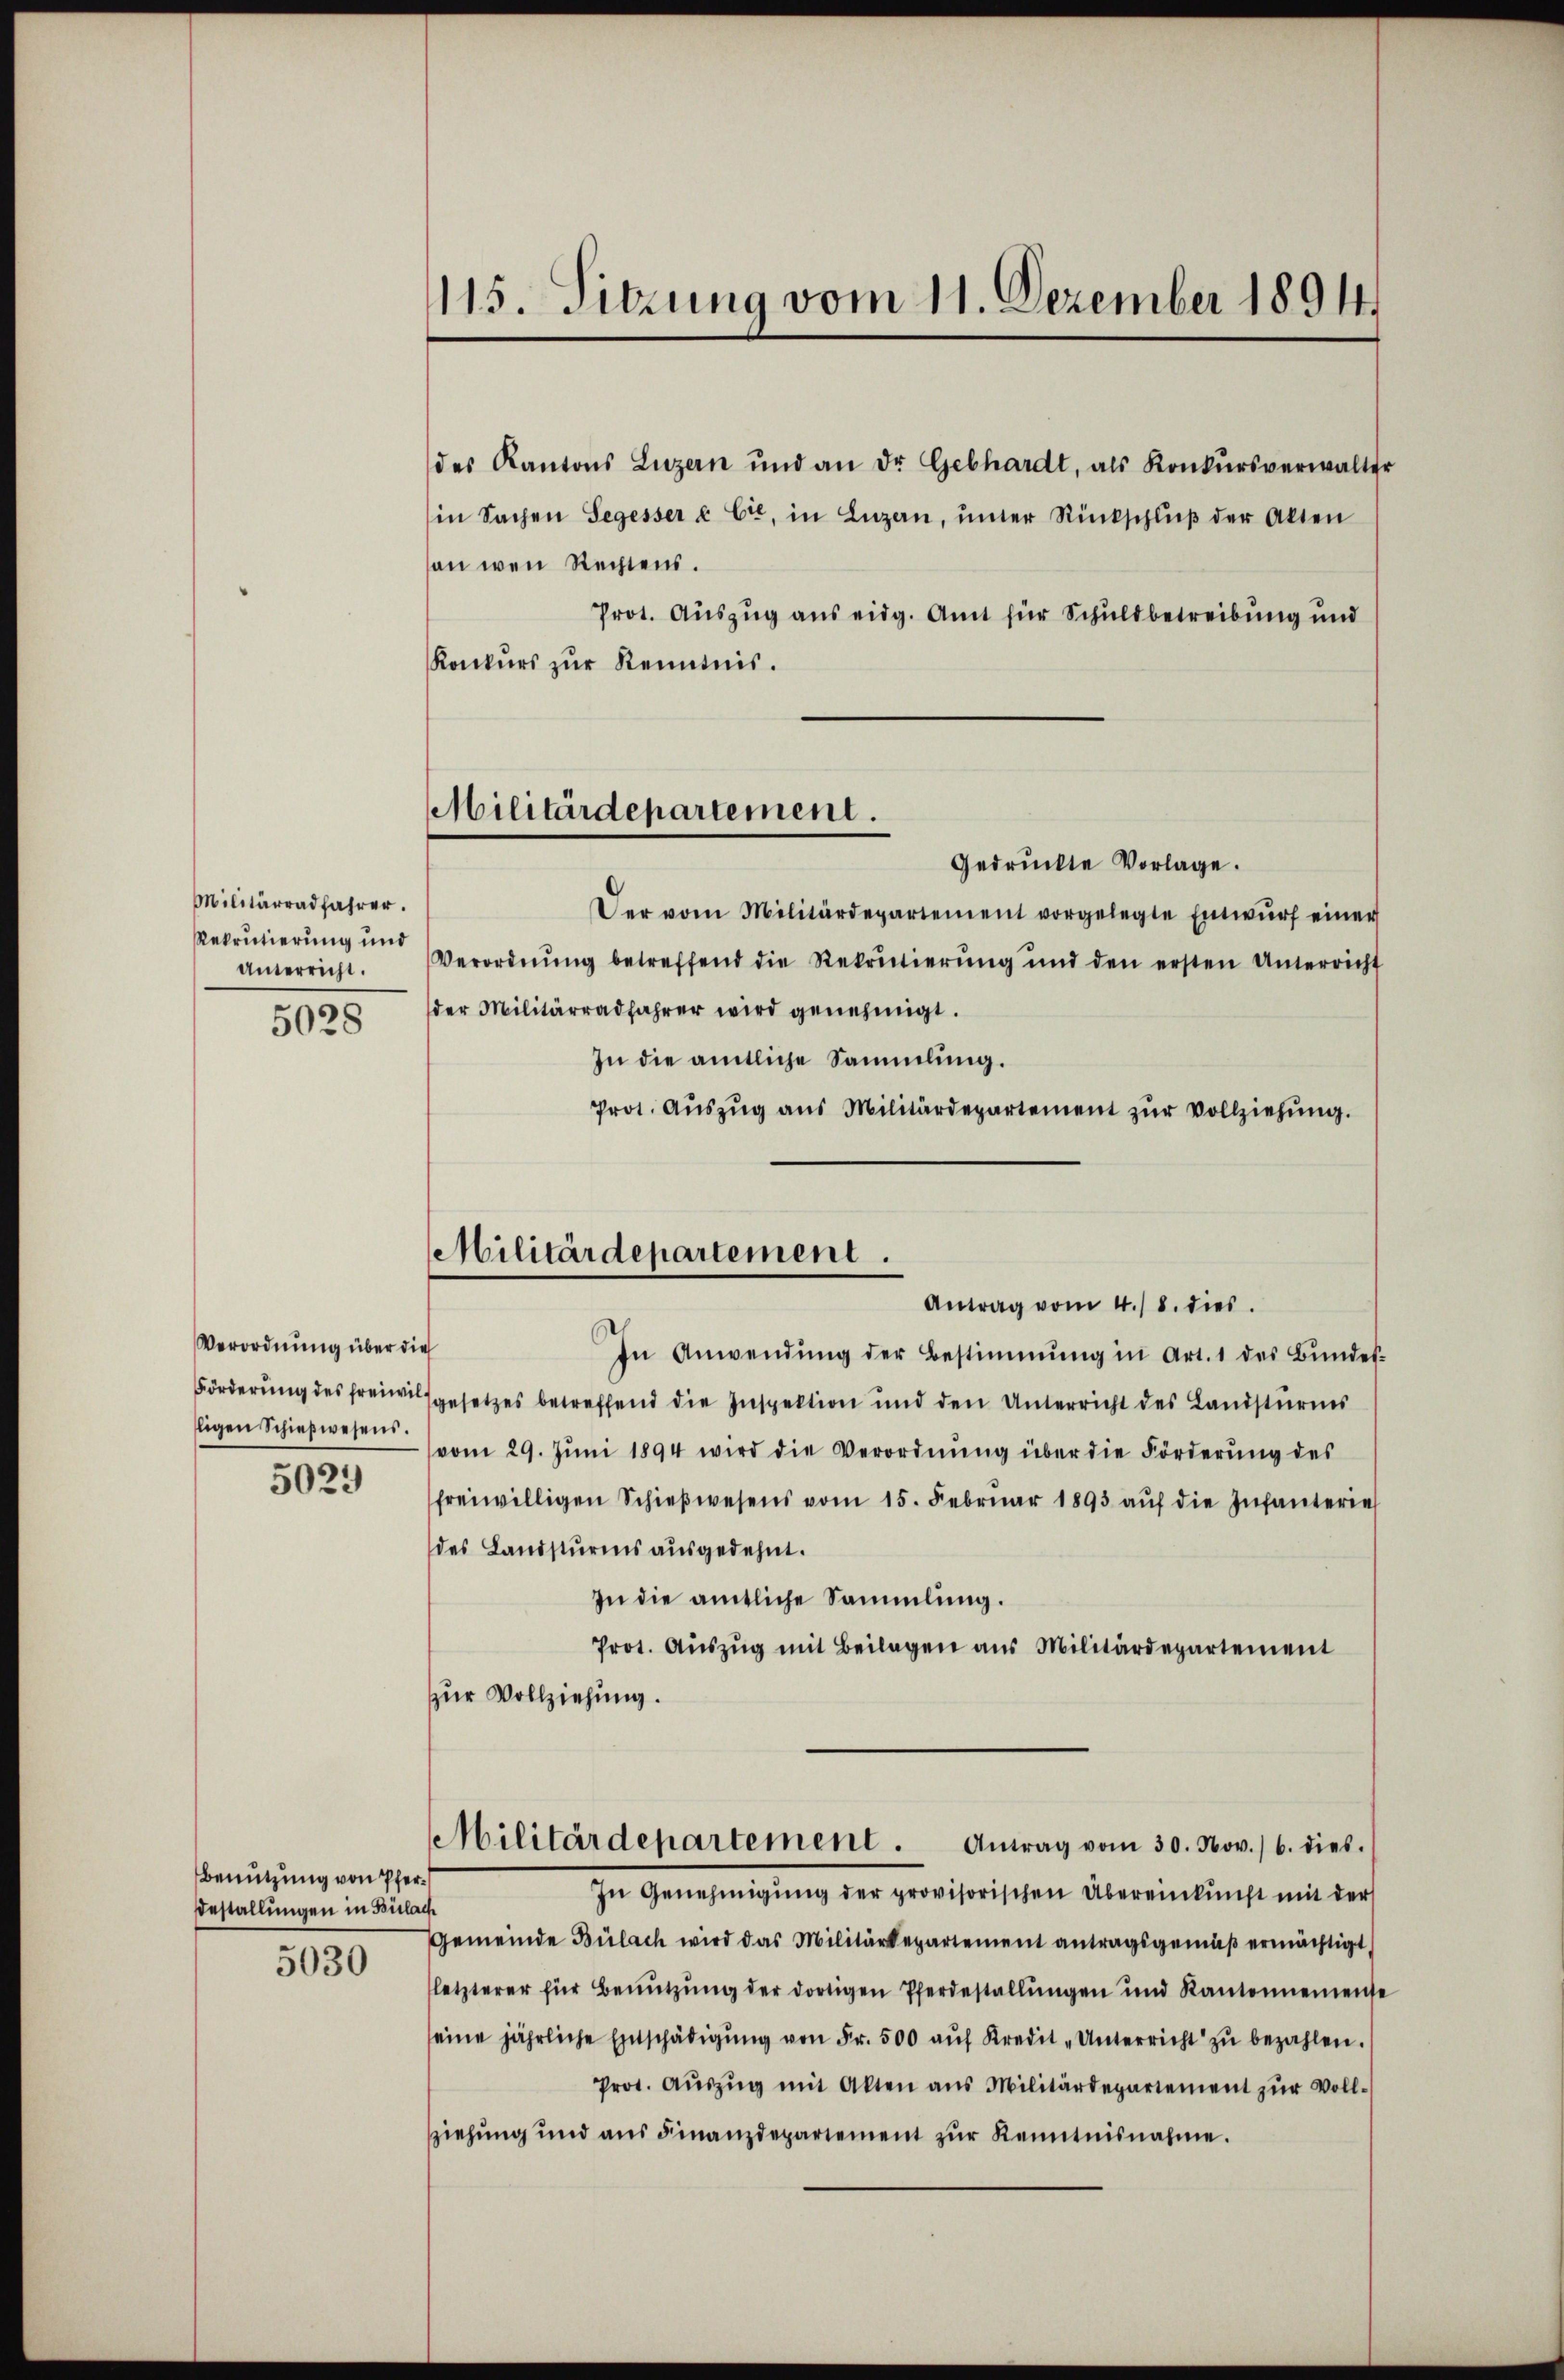
Militärradfahrer.
Rekrutierung und
Unterricht.
5028

Verordnung über die
ligen Schießwesens.

5029

Benutzung von Pfer¬
Bestallungen in Bülach
5030

115. Sitzung vom 11. Dezember 1891.

des Kantons Luzern und an dr Gebhardt, als Konkŭrsverwalter
in Sachen Segesser & Cie, in Luzern, ŭnter Rückschlŭβ der Akten
an wen Rechtens.
Prot. Auszug aus eidg. Amt für Schuldbetreibung und
Konkurs zur Kenntnis.
Gedrückte Vorlage.
Der vom Militärdepartement vorgelegte Entwŭrf einer
Verordnŭng betreffend die Rekrutierŭng und den ersten Unterricht
der Militärradfahrer wird genehmigt.
In die amtliche Sammlung.
Prot. Auszug aus Militärdepartement zur Vollziehung.
Antrag vom 4./8. dies
In Anwendŭng der Bestimmung in Art. 1 des Bŭndes-
Förderung des freiwilsgesetzes betreffend die Inspektion und den Unterricht des Landsturmes
vom 29. Jŭni 1894 wird die Verordnŭng über die Förderŭng des
freiwilligen Schieβwesens vom 15. Febrŭar 1893 aŭf die Infanterie
des Landsturms ausgedehnt.
In die amtliche Sammlung.
Prot. Aŭszŭg mit Beilagen aus Militärdepartement
zur Vollziehung.
Militärdepartement. Antrag vom 30. Nov. 6. dies
In Genehmigŭng der provisorischen Übereinkunft mit der
Gemeinde Bülach wird das Militärdepartement antragsgemäβ ermächtigt,
letzterer für Benŭtzŭng der dortigen Pferdestallŭngen und Kantonnemense
seine jährliche Entschädigŭng von Fr. 500 aŭf Kredit-Unterricht zŭ bezahlen.
Prot. Aŭszŭg mit Akten ans Militärdepartement zŭr Voll-
ziehung und aus Finanzdepartement zŭr Kenntnisnahme.

Militärdepartement.

Militärdepartement.